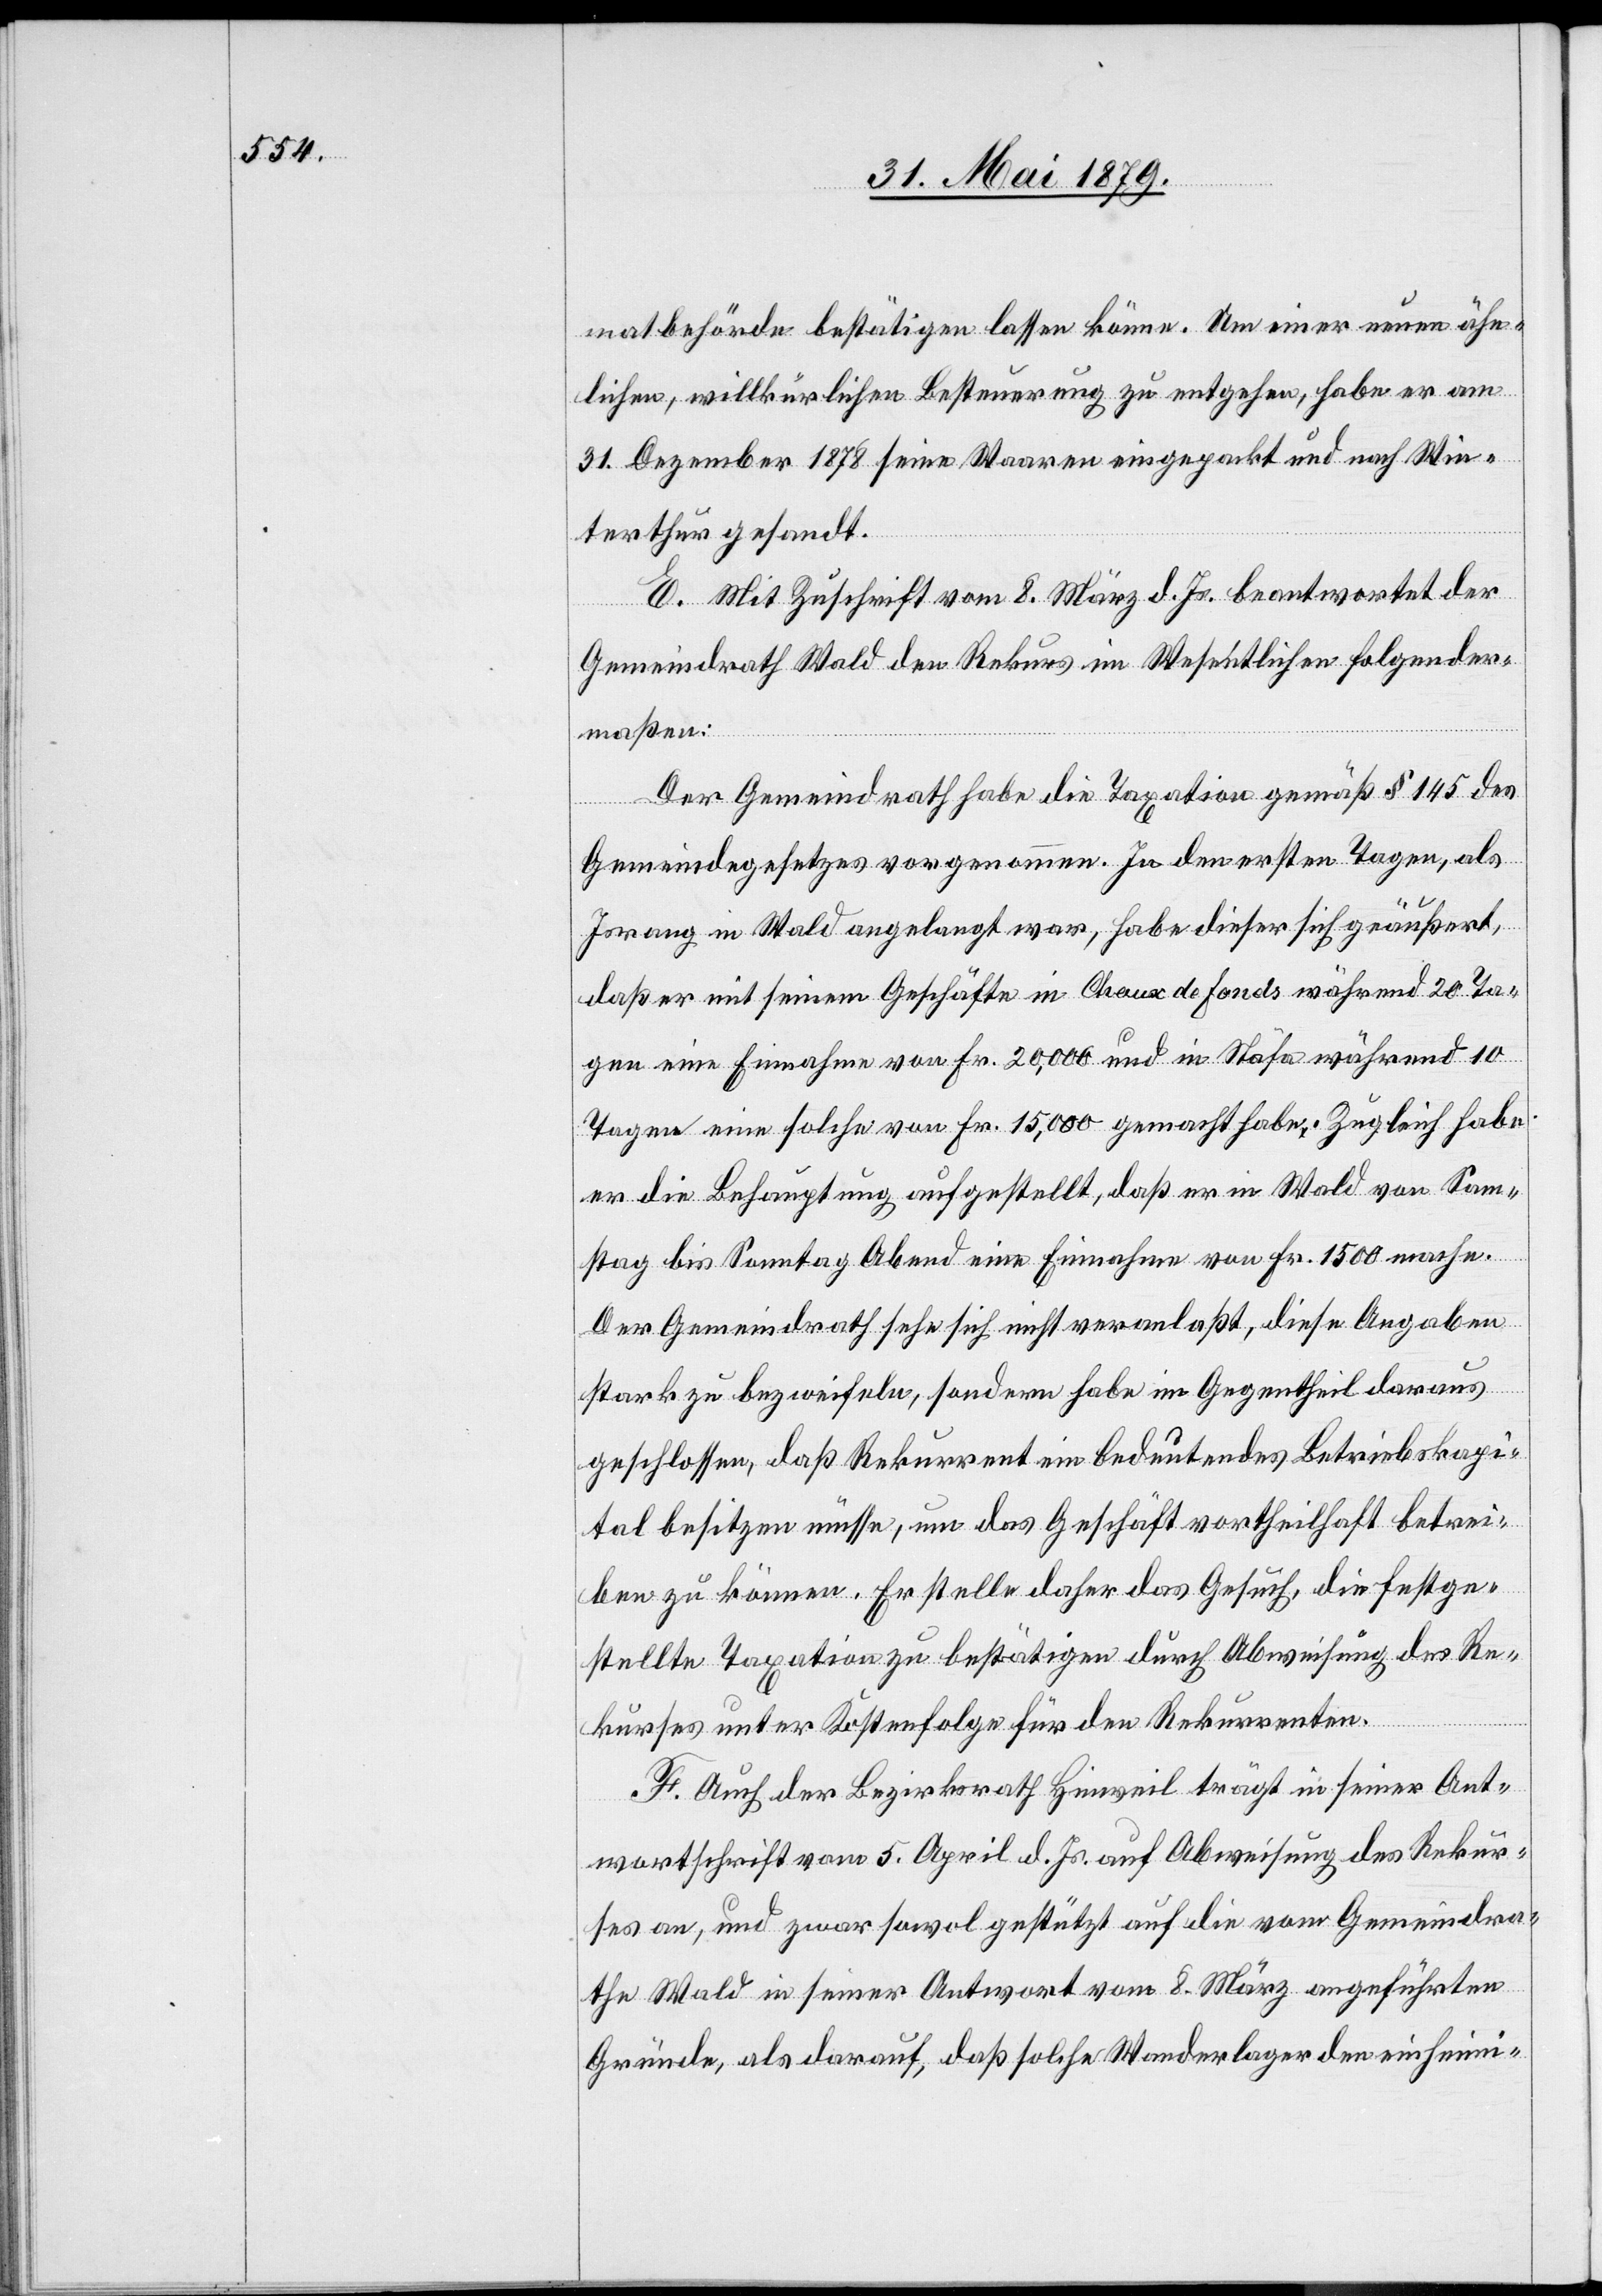
matbehörde bestätigen lassen könne. Um einer neuen ähn¬
lichen, willkürlichen Besteuerung zu entgehen, habe er am
31. Dezember 1878 seine Waaren eingepackt und nach Win¬
terthur gesandt.
E. Mit Zuschrift vom 8. März d. Js. beantwortet der
Gemeindrath Wald den Rekurs im Wesentlichen folgender¬
maßen:
Der Gemeindrath habe die Taxation gemäß § 145 des
Gemeindegesetzes vorgenommen. In den ersten Tagen, als
Israng in Wald angelangt war, habe dieser sich geäußert,
daß er mit seinem Geschäfte in Chaux de Fonds während 20 Ta¬
gen eine Einnahme von Fr. 20,000 und in Stäfa während 10
Tagen eine solche von Fr. 15,000 gemacht habe. Zugleich habe
er die Behauptung aufgestellt, daß er in Wald von Sam¬
stag bis Sonntag Abend eine Einnahme von Fr. 1500 mache.
Der Gemeindrath sehe sich nicht veranlaßt, diese Angaben
stark zu bezweifeln, sondern habe im Gegentheil daraus
geschlossen, daß Rekurrent ein bedeutendes Betriebskapi¬
tal besitzen müsse, um das Geschäft vortheilhaft betrei¬
ben zu können. Er stelle daher das Gesuch, die festge¬
stellte Taxation zu bestätigen durch Abweisung des Re¬
kurses unter Kostenfolge für den Rekurrenten.
F. Auch der Bezirksrath Hinweil trägt in seiner Ant¬
wortschrift vom 5. April d. Js. auf Abweisung des Rekur¬
ses an, und zwar sowol gestützt auf die vom Gemeindra¬
the Wald in seiner Antwort vom 8. März angeführten
Gründe, als darauf, daß solche Wanderlager den einheimi-